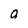
Character: 0